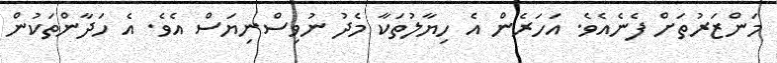
މަންޒަރުތަށް ފެނެއެވެ. އަހަރެން އެ ހިޔާލުތަކާ މެދު ނުވިސްނިޔަސް އެވެ. އެ ހަދާންތަކުން